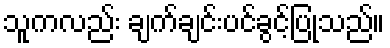
သူကလည်း ချက်ချင်းပင်ခွင့်ပြုသည်။